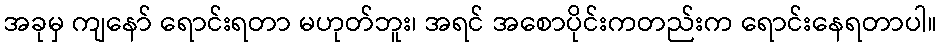
အခုမှ ကျနော် ရောင်းရတာ မဟုတ်ဘူး၊ အရင် အစောပိုင်းကတည်းက ရောင်းနေရတာပါ။